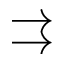
\rightrightarrows